Leaving Certificate Examination, 1907
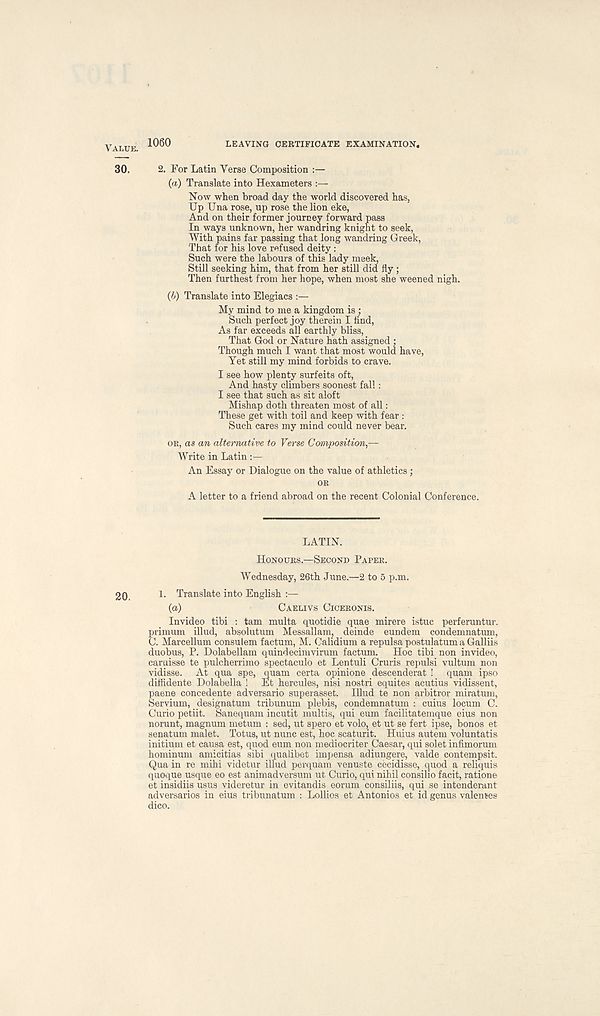
VALUE. 1060
LEAVING CERTIFICATE EXAMINATION.
30.
2. For Latin Verse Composition :—
(a) Translate into Hexameters
Now when broad day the world discovered has,
Up Una rose, up rose the lion eke,
And on their former journey forward pass
In ways unknown, her wandring knight to seek,
With pains far passing that long wandring Creek,
That for his love refused deity :
Such were the labours of this lady meek,
Still seeking him, that from her still did fly;
Then furthest from her hope, when most she weened nigh.
(b) Translate into Elegiacs :—
My mind to me a kingdom is ;
Such perfect joy therein I find,
As far exceeds all earthly bliss,
That God or Nature hath assigned ;
Though much I want that most would have,
Yet still my mind forbids to crave.
I see how plenty surfeits oft,
And hasty climbers soonest fall:
I see that such as sit aloft
Mishap doth threaten most of all:
These get with toil and keep with fear :
Such cares my mind could never bear.
OR, as an alternative to Verse Composition,—
Write in Latin
An Essay or Dialogue on the value of athletics;
OR
A letter to a friend abroad on the recent Colonial Conference.
LATIN.
HONOURS.—SECOND PAPER.
Wednesday, 26th June.—2 to 5 p.m.
20.
1. Translate into English :—
(a)
CAELIVS CICERONIS.
Invideo tibi : tarn multa quotidie quae mirere istuc perferuntur.
primum illud, absolutum Messallam, deinde eundem condemnatum,
C. Marcellum consulem factum, M. Calidium a repulsa postulatum a Galliis
duobus, P. Dolabellam quindecimvirum factum.
Hoc tibi non invideo,
caruisse te pulcherrimo spectaculo et Lentuli Cruris repulsi vultum non
vidisse. At qua spe, quam certa opinione descenderat ! quam ipso
diffidente Dolabella ! Et hercules, nisi nostri equites acutius vidissent,
paene concedente adversario superasset. Illud te non arbitror miratum,
Servium, designatum tribunum plebis, condemnatum : cuius locum C.
Curio petiit. Sanequam incutit multis, qui eum facilitatemque eius non
norunt, magnum metum : sed, ut spero et volo, et ut se fert ipse, bonos et
senatum malet. Totus, ut nunc est, hoc scaturit. Huius autem voluntatis
initium et causa est, quod eum non mediocriter Caesar, qui solet infimorum
hominum amicitias sibi qualibet impensa adiungere, valde contempsit.
Qua in re mihi videtur illud perquam venuste cecidisse, quod a reliquis
quoque usque eo est animadversum ut Curio, qui nihil consilio facit, ratione
et insidiis usus videretur in evitandis eorum consiliis, qui se intenderant
adversaries in eius tribunatum : Lollios et Antonios et id genus valemes
dico.